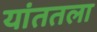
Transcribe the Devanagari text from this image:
यांततला